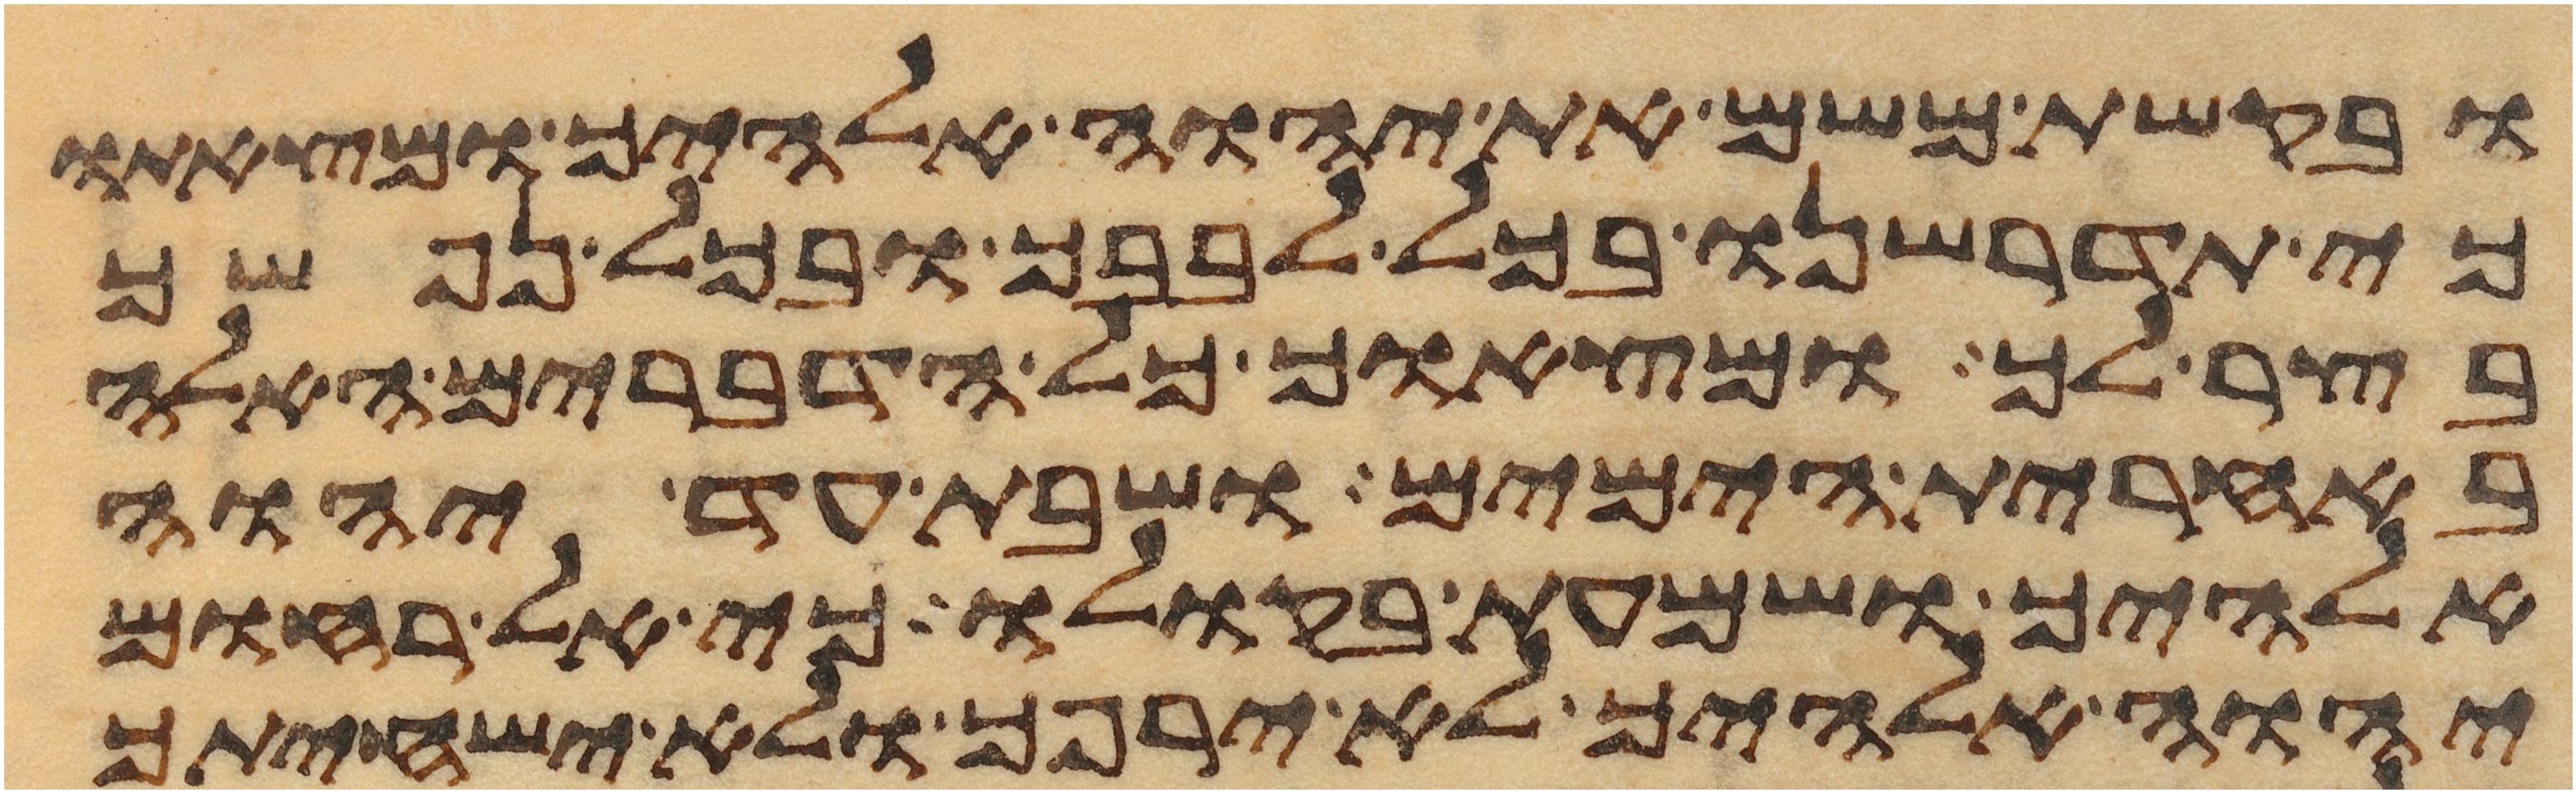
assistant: ובקשת משם את יהוה אלהיך ומצאתו
כי תדרשנו בכל לבבך ובכל נפשך
בצר לך ומצאוך כל הדברים האלה
באחרית הימים ושבת עד יהוה
אלהיך ושמעת בקולו כי אל רחום
יהוה אלהיך לא ירפך ולא ישחיתך